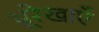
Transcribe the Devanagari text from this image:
भ्रूरेखाएँ